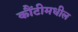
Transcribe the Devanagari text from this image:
कौंटीमधील